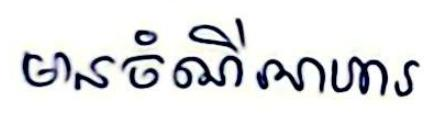
មានចំណីអាហារ